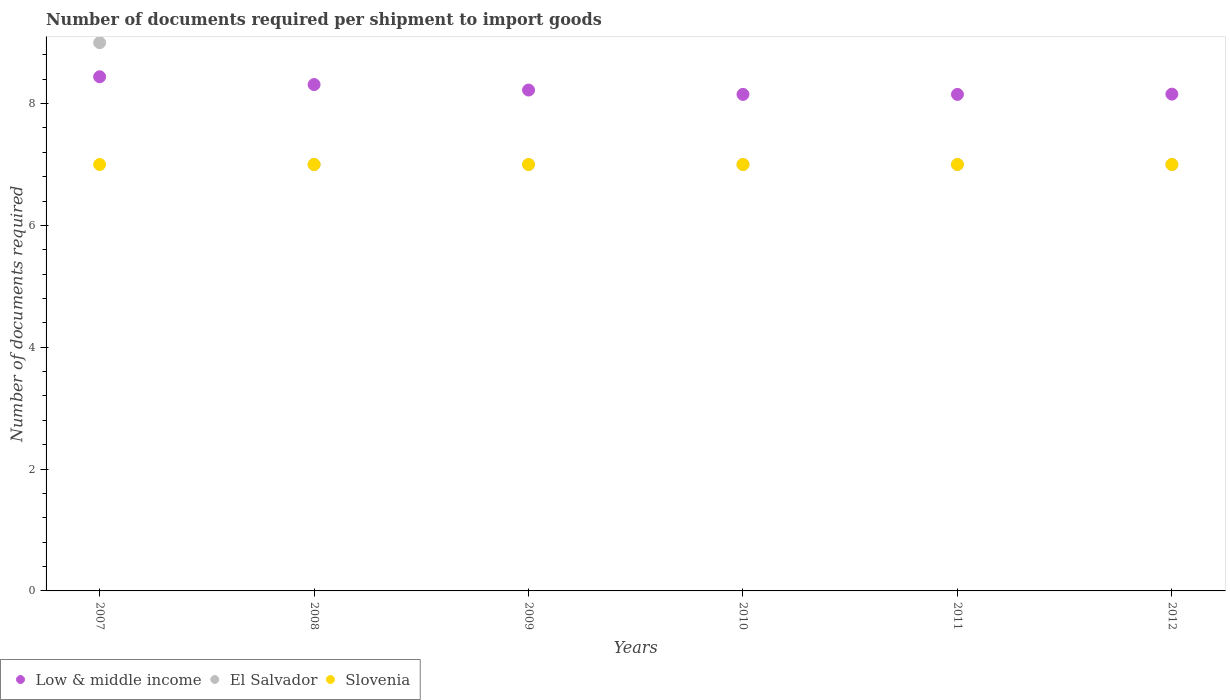
| Years | Low & middle income | El Salvador | Slovenia |
 | --- | --- | --- | --- |
 | 2007 | 8.44 | 9 | 7 |
 | 2008 | 8.31 | 7 | 7 |
 | 2009 | 8.22 | 7 | 7 |
 | 2010 | 8.15 | 7 | 7 |
 | 2011 | 8.15 | 7 | 7 |
 | 2012 | 8.16 | 7 | 7 |